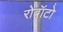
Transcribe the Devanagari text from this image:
रोबॉटो